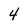
Character: 4